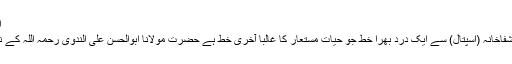
ایک آخری خط:
ایّامِ مرض میں شفاخانہ (اسپتال) سے ایک درد بھرا خط جو حیاتِ مستعار کا غالباً آخری خط ہے حضرت مولانا ابوالحسن علی الندوی رحمہ اللہ کے نام لکھا گیا ہے۔